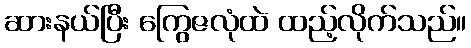
ဆားနယ်ပြီး ကြွေဇလုံထဲ ထည့်လိုက်သည်။